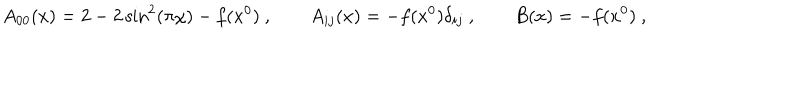
A _ { 0 0 } ( x ) = 2 - 2 \sin ^ { 2 } ( \pi \chi ) - f ( x ^ { 0 } ) \ , \qquad A _ { i j } ( x ) = - f ( x ^ { 0 } ) \delta _ { i j } \ , \qquad B ( x ) = - f ( x ^ { 0 } ) \ ,